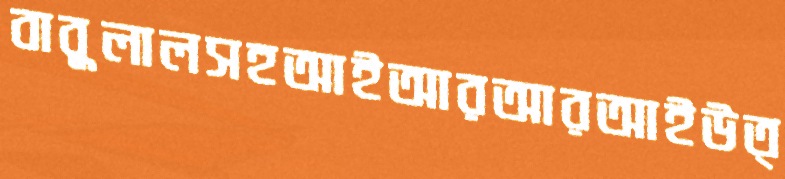
বাবুলালসহআইআরআরআইউত্